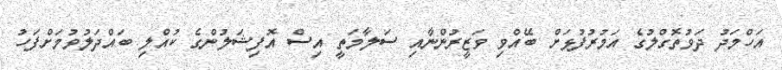
އަހްމަދު ދަވުތޮގްލުގެ އަމުރުފުޅަށް ބޭއްވި ވަޒީރުންނާއި ސަލާމަތީ އިސް އޮފިޝަލުންގެ ކުއްލި ބައްދަލުވުމަށްފަހު